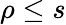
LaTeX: \rho\leq s